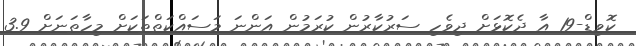
ކޮވިޑް-19 އާ ދެކޮޅަށް ދިވެހި ސަރުކާރުން ކުރަމުން އަންނަ މަސައްކަތްތަކަށް މިހާތަނަށް 3.9